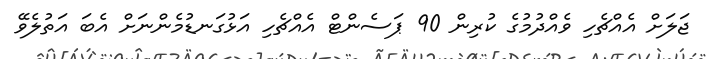
ޖަލަށް އެއްޗެހި ވެއްދުމުގެ ކުރިން 90 ޕަސެންޓް އެއްޗެހި އަޅުގަނޑުމެންނަށް އެބަ އަތުލެވޭ